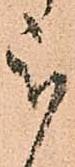
被